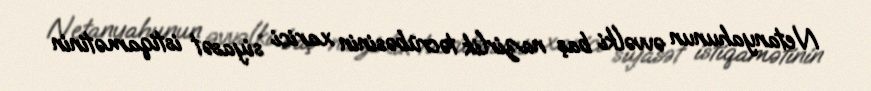
Netanyahunun əvvəlki baş nazirlik təcrübəsinin xarici siyasət istiqamətinin